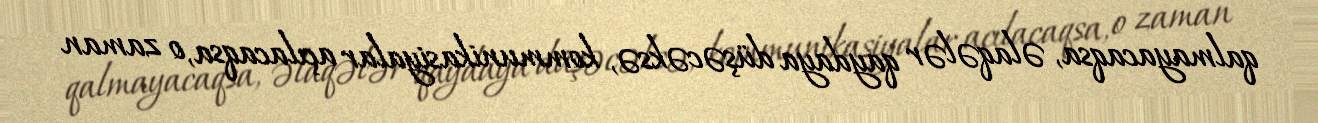
qalmayacaqsa, əlaqələr qaydaya düşəcəksə, kommunikasiyalar açılacaqsa, o zaman